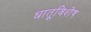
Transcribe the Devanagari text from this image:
धातूविशेष